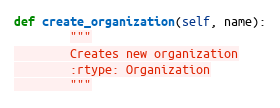
Language: Python
def create_organization(self, name):
        """
        Creates new organization
        :rtype: Organization
        """